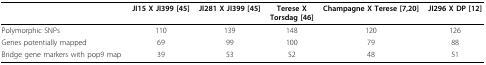
<table><thead><tr><td></td><td><b>JI15 X JI399 [45]</b></td><td><b>JI281 X JI399 [45]</b></td><td><b>Terese X Torsdag [46]</b></td><td><b>Champagne X Terese [7,20]</b></td><td><b>JI296 X DP [12]</b></td></tr></thead><tbody><tr><td>Polymorphic SNPs</td><td>110</td><td>139</td><td>148</td><td>120</td><td>126</td></tr><tr><td>Genes potentially mapped</td><td>69</td><td>99</td><td>100</td><td>79</td><td>88</td></tr><tr><td>Bridge gene markers with pop9 map</td><td>39</td><td>53</td><td>52</td><td>48</td><td>51</td></tr></tbody></table>